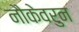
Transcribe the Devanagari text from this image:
नौकेवरुन